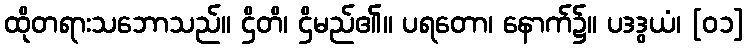
ထိုတရားသဘောသည်။ ဌိတိ၊ ဌိမည်၏။ ပရတော၊ နောက်၌။ ပဒဒွယံ၊ [၀၁]